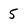
Character: 5